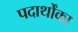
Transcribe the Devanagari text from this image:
पदार्थोंका